Annual report on the mental hospital in the Central Provinces and Berar (Nagpur) - 1927-1951
Year: 1927
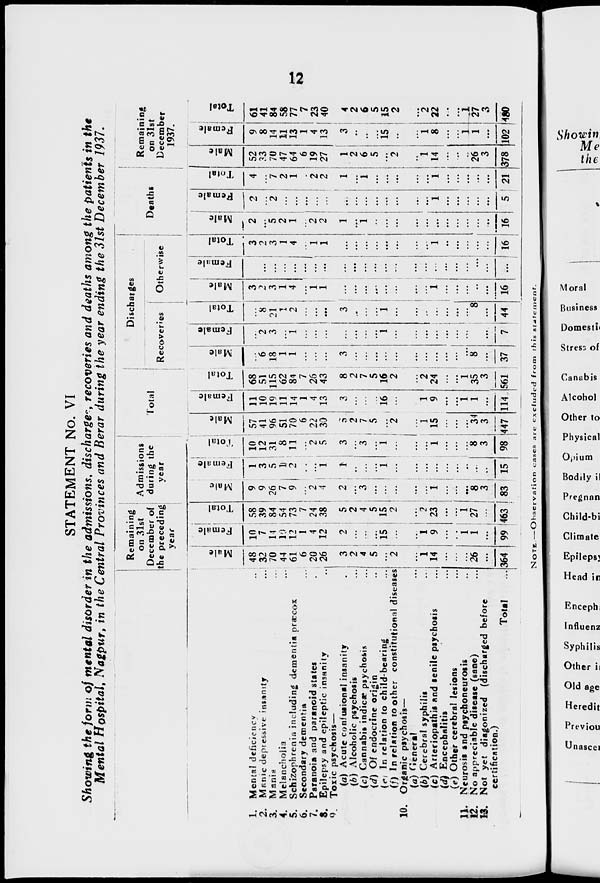
12
STATEMENT No. VI
Showing the form of mental disorder in the admissions, discharges, recoveries and deaths among the patients in the
Mental Hospital, Nagpur, in the Central Provinces and Berar during the year ending the 31st December 1937.
1. Mental deficiency ...
2. Manic depressive insanity ...
3. Mania ...
4. Melancholia ...
5. Schizophrenia including dementia præcox
6. Secondary dementia ...
7. Paranoia and paranoid states ...
8. Epilepsy and epileptic insanity ...
9. Toxic psychosis—
(a) Acute confusional insanity ...
(b) Alcoholic psychosis ...
(c) Cannabis indicæ psychosis ...
(d) Of endocrine origin ...
(e) In relation to child-bearing ...
(f) In relation to other constitutional diseases
10. Organic psychosis—
(a) General ...
(b) Cerebral syphilis ...
(c) Arteriopathis and senile psychosis ...
(d) Encephalitis ...
(e) Other cerebral lesions ...
11. Neurosis and psychoneurosis ...
12. No appreciable disease (sane) ...
13. Not yet diagonized (discharged before
certification.)
Total ...
Remaining
on 31st
December of
the preceding
year
Male
48
32
70
44
61
6
20
26
3
2
4
5
...
2
...
1
14
...
...
...
26
...
364
Female
10
7
14
10
12
1
4
12
2
...
...
...
15
...
... 1
9
...
...
1
1
...
99
Total
58
39
84
54
73
7
24
38
5
2
4
5
15
2
...
2
23
...
...
1
27
...
463
Admissions
during the
year
Male
9
9
26
7
9
...
2
4
2
...
3
...
...
...
...
...
1
...
...
...
8
3
83
Female
1
3
5
1
2
...
...
1
1
...
...
...
1
...
...
...
...
...
...
...
...
...
15
Total
10
12
31
8
11
...
2
5
3
...
3
...
1
...
...
...
1
...
...
...
8
3
98
Total
Male
57
41
96
51
70
6
22
30
5
2
7
5
...
2
...
1
15
...
...
...
34
3
447
Female
11
10
19
11
14
1
4
13
3
...
...
...
16
...
...
1
9
...
...
1
1
...
114
Total
68
51
115
62
84
7
26
43
8
2
7
5
16
2
...
2
24
...
...
1
35
3
561
Discharges
Recoveries
Male
...
6
18
1
1
...
...
...
3
...
...
...
...
...
...
...
...
...
...
...
8
...
37
Female
...
2
3
...
1
...
...
...
...
...
...
...
1
...
...
...
...
...
...
...
...
...
7
Total
...
8
21
1
2
...
...
...
3
...
...
...
1
...
...
...
...
...
...
...
8
...
44
Otherwise
Male
3
2
3
1
4
...
1
1
...
...
...
...
...
...
...
...
1
...
...
...
...
...
16
Female
...
...
...
...
...
...
...
...
...
...
...
...
...
...
...
...
...
...
...
...
...
...
...
Total
3
2
3
1
4
...
1
1
...
...
...
...
...
...
...
...
1
...
...
...
...
...
16
Deaths
Male
2
...
5
2
1
...
2
2
1
...
1
...
...
...
...
...
...
...
...
...
...
...
16
Female
2
... 2
...
...
...
...
...
...
...
...
...
...
...
...
...
1
...
...
...
...
...
5
Total
4
...
7
2
1
...
2
2
1
...
1
...
...
...
...
...
1
...
...
...
...
...
21
Remaining
on 31st
December
1937.
Male
52
33
70
47
64
6
19
27
1
2
6
5
...
2
...
1
14
...
...
...
26
3
378
Female
9
8
14
11
13
1
4
13
3
...
...
...
15
...
...
1
8
...
...
1
1
...
102
Total
61
41
84
58
77
7
23
40
4
2
6
5
15
2
...
2
22
...
...
1
27
3
480
NOTE. — Observation cases are excluded from this statement.